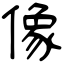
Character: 像